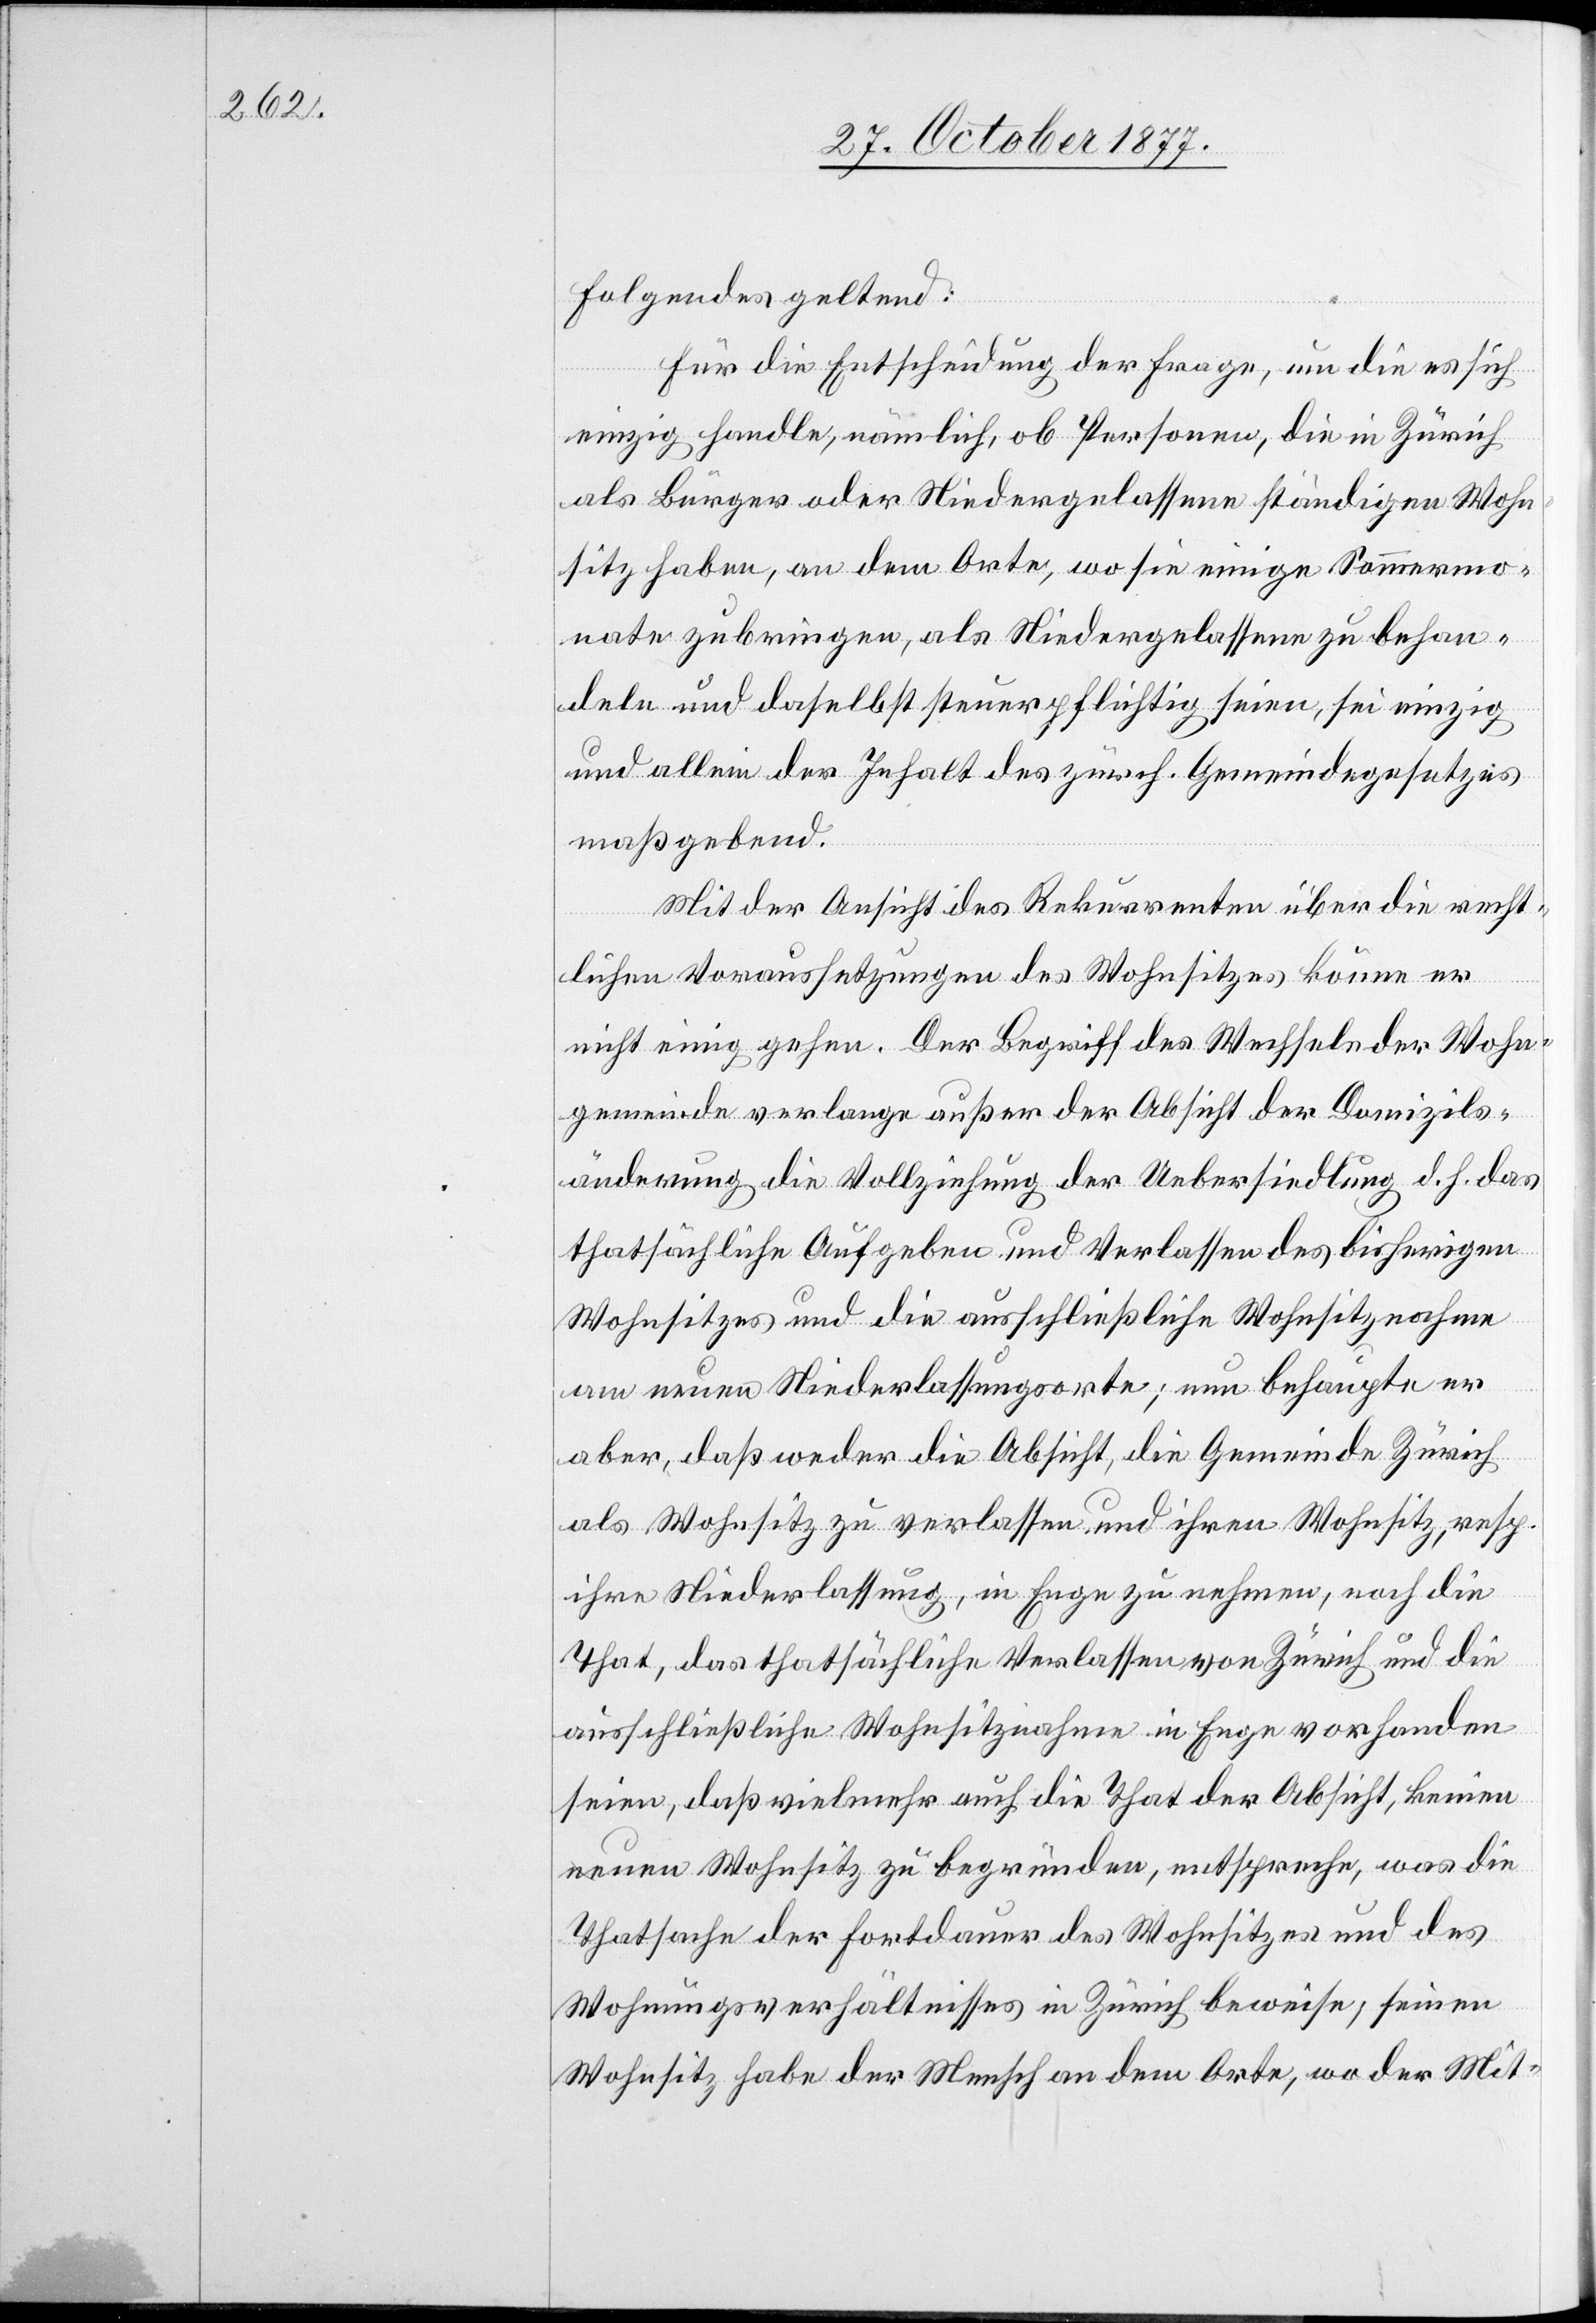
Folgendes geltend:
Für die Entscheidung der Frage, um die es sich
einzig handle, nämlich, ob Personen, die in Zürich
als Bürger oder Niedergelassene ständigen Wohn¬
sitz haben, an dem Orte, wo sie einige Sommermo¬
nate zubringen, als Niedergelassene zu behan¬
deln und daselbst steuerpflichtig seien, sei einzig
und allein der Inhalt des zürch. Gemeindegesetzes
maßgebend.
Mit der Ansicht des Rekurrenten über die recht¬
lichen Voraussetzungen des Wohnsitzes könne er
nicht einig gehen. Der Begriff des Wechsels der Wohn¬
gemeinde verlange außer der Absicht der Domizils¬
änderung die Vollziehung der Uebersiedlung d. h. das
thatsächliche Aufgeben und Verlassen des bisherigen
Wohnsitzes und die ausschließliche Wohnsitznahme
am neuen Niederlassungsorte; nun behaupte er
aber, daß weder die Absicht, die Gemeinde Zürich
als Wohnsitz zu verlassen und ihren Wohnsitz, resp.
ihre Niederlassung, in Enge zu nehmen, noch die
That, das thatsächliche Verlassen von Zürich und die
ausschließliche Wohnsitznahme in Enge vorhanden
seien, daß vielmehr auch die That der Absicht, keinen
neuen Wohnsitz zu begründen, entspreche, was die
Thatsache der Fortdauer des Wohnsitzes und des
Wohnungsverhältnisses in Zürich beweise; seinen
Wohnsitz habe der Mensch an dem Orte, wo der Mit-